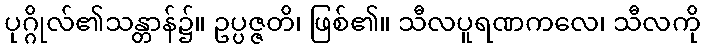
ပုဂ္ဂိုလ်၏သန္တာန်၌။ ဥပ္ပဇ္ဇတိ၊ ဖြစ်၏။ သီလပူရဏကလေ၊ သီလကို